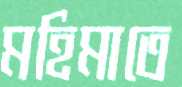
মহিমাতে